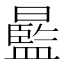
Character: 𣋣